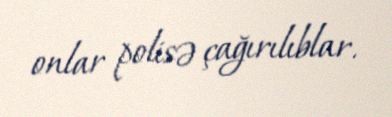
onlar polisə çağırılıblar.